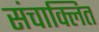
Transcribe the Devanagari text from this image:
संचाक्लित